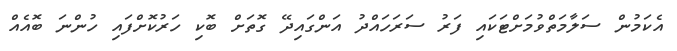
އެކަމުން ސަލާމަތްވުމަށްޓަކައި ފަރު ސަރަހައްދު އަންގައިދޭ ގޮތަށް ބޮކި ހަރުކޮށްފައި ހުންނަ ބޮއެއް